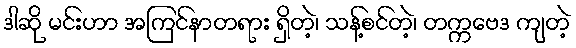
ဒါဆို မင်းဟာ အကြင်နာတရား ရှိတဲ့၊ သန့်စင်တဲ့၊ တက္ကဗေဒ ကျတဲ့